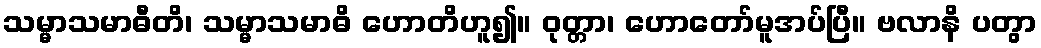
သမ္မာသမာဓီတိ၊ သမ္မာသမာဓိ ဟောတိဟူ၍။ ဝုတ္တာ၊ ဟောတော်မူအပ်ပြီ။ ဗလာနိ ပတွာ